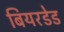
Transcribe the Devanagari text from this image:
बियरडेड